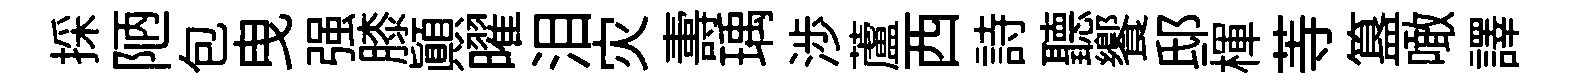
採陋包曳强膝顚曜泪灾夀瑀渉蘆西詩聽饗邸楎䓁簋噉譯